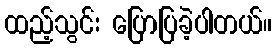
ထည့်သွင်း ပြောပြခဲ့ပါတယ်။